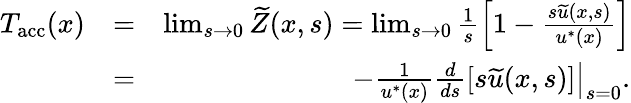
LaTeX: \begin{array}{rlr}{T_{\mathrm{acc}}(x)}&{=}&{\operatorname*{lim}_{s\rightarrow 0}\widetilde{Z}(x,s)=\operatorname*{lim}_{s\rightarrow 0}\frac{1}{s}\left[1-\frac{s\widetilde{u}(x,s)}{u^{*}(x)}\right]}\\ &{=}&{-\frac{1}{u^{*}(x)}\left.\frac{d}{ds}[s\widetilde{u}(x,s)]\right|_{s=0}.}\end{array}